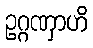
ဥဂ္ဂဏှာဟိ